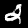
Digit: 2